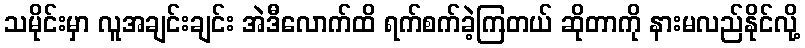
သမိုင်းမှာ လူအချင်းချင်း အဲဒီလောက်ထိ ရက်စက်ခဲ့ကြတယ် ဆိုတာကို နားမလည်နိုင်လို့